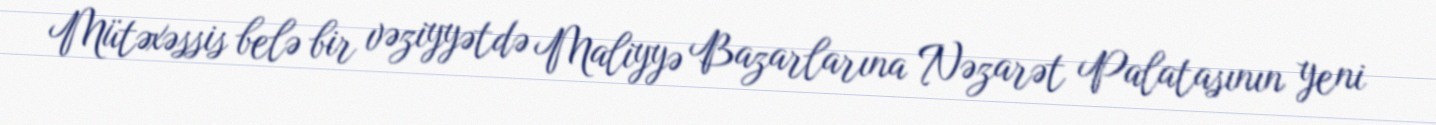
Mütəxəssis belə bir vəziyyətdə Maliyyə Bazarlarına Nəzarət Palatasının yeni